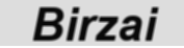
Birzai